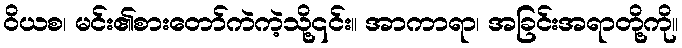
ဝိယစ၊ မင်း၏စားတော်ကဲကဲ့သို့၎င်း။ အာကာရာ၊ အခြင်းအရာတို့ကို။